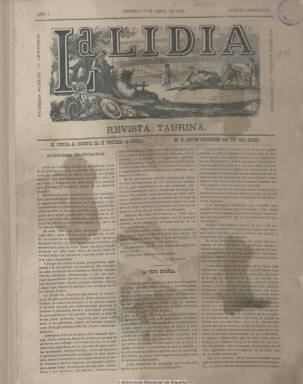
Título: La Lidia (Madrid. 1882)
Colección: Toros
Ámbito geográfico: Madrid
Lugar de publicación: Madrid
Fechas: 02/04/1882-26/11/1900

Está considerada no sólo como la más importante revista de las dos últimas décadas del siglo XIX, sino de la historia del periodismo taurino español, por la modernidad de su presentación, por la calidad de sus redactores y colaboradores y por la finura de sus bellas estampas cromolitográficas en color que introdujo en la prensa española, como ya señalara Pedro Gómez Aparicio en 1971. Fundada por Julián Palacios Salinero (-1911), propietario de un establecimiento litográfico madrileño al que dotó de los más modernos adelantos técnicos, quien como su editor-propietario puso al frente de la dirección literaria de la publicación a uno de los más excelentes críticos del momento, el jurisconsulto de origen malagueño Juan Martos y Jiménez (-1891), que usó el seudónimo Alegrías. Publica su prospecto el domingo, dos de abril de 1882, como “revista taurina ilustrada con cromos”, que aparecería el día siguiente de cada corrida habida en Madrid.

Cada una de sus entregas está formada por dos páginas de tipografía, compuestas a tres columnas e impresas al principio por José María Ducazcal, y otras dos interiores de ilustraciones estampadas en la litografía de Palacios, quien a partir del cinco de abril de 1885 se hará cargo de la completa impresión de la revista. En sus textos reseña las corridas no sólo efectuadas en Madrid sino también en las principales ferias de otras plazas, y además de estas crónicas, publica cartas críticas, editoriales y artículos, datos y anécdotas del toreo antiguo y moderno, estadísticas, noticias breves, epigramas y alguna publicidad, al final, sobre todo de bibliografía taurina. Fuera de las temporadas taurinas dejaba de editarse, generalmente, desde finales de noviembre a mediados de abril, y durante 1896 redujo su tamaño y pasó a ser una revista semanal ilustrada de arte y literatura. También editará algunos números extraordinarios y un calendario anual.

En su estudio sobre esta cabecera, Luis Nieto Manjón la coloca a la cabeza de la edad de oro del periodismo taurino español. En ella convergen un abultado número de los mejores revisteros, escritores e historiadores taurinos de la época, “verdaderos eruditos y maestros”, en palabras de José María de Cossío. Entre el casi centenar de sus firmas, destacan por su gran relevancia una docena, especialmente los considerados tres grandes precursores de la crítica taurina posterior, que además se sucedieron en la dirección de la revista, el ya citado Martos, el también musicólogo Antonio Peña y Goñi (1846-1896), que uso el apodo Don Jerónimo, y el erudito José Sánchez de Neira (-1898).

A estos se suman el también erudito y bibliófilo taurino Luis Carmena y Millán (1845-1904), que utilizó el seudónimo Venablo; el periodista y literato Mariano de Cavia (1855-1920), con el alias Sobaquillo; Mariano del Todo y Herrero (1855-1928) –Don Cándido-, que se encargó de las reseñas de las corridas madrileñas y de la mayor parte de las biografías; Aurelio Ramírez Bernal (1849-1911) -PPT-; Leopoldo Vázquez y Rodríguez (1844-1909), que publicó estadísticas; el escritor Manuel Ossorio y Bernard (1839-1904); el compositor Francisco Asenjo Barbieri (1823-1894); Juan Pérez de Guzmán (1841-1928); Antonio Fernández Heredia (-1921) –Hache-; Pedro Mínguez (1852-) –El Tío Capa-; Ricardo de la Vega (1841-); Mariano Pardo de Figueroa –El Doctor Thebussemm-, o Pascual Millán, que firma bajo el seudónimo Varetazos. La revista también contó con corresponsales en provincias y tuvo representantes en Lisboa, México, Veracruz y Buenos Aires.

Su director artístico será uno de los más célebres dibujantes y cartelistas taurinos de todos los tiempos, Daniel Perea y Rojas (1834-1909), autor también del mayor número de sus ilustraciones, junto a su hermano Alfredo (-1895), Alejandro Ferrant y Fischermans, Ángel Lizcano (1846-1929) José Cháves (1839-1903), Manuel Giménez. Vicente Bañuls, Ricardo Esteban o Eulogio Varela. Las magníficas litografías al cromo de estos renombrados artistas –en ausencia todavía de la fotografía taurina- “constituyen una de las más bellas colecciones” de las suertes del toreo, además de retratos de diestros y ganaderos o escenas y costumbres taurinas que marcaron época.

Como reflejo de los bandos irreconciliables de la afición entre los seguidores de los matadores de toros Salvador Sánchez Povedano (1842-1898) -Frascuelo- y Rafael Molina Sánchez (1841-1900) –Lagartijo-, a los dos años de su aparición, en el seno de la redacción de La Lidia se produjo una división que dio origen a la aparición de La Nueva Lidia (1884-1886). El lagartijista Martos pasa a dirigir esta, mientras que el frascuelista Peña tomará la dirección de la primera. También eran seguidores de Lagartijo los citados Carmena y Cavia, mientras que Neira lo era de Frascuelo.

En una época en la que en España se llegaron a editar hasta un centenar de periódicos taurinos, la mayor parte de corta vida y siempre durante las temporadas de feria, La Lidia llegó a tirar hasta 20.000 ejemplares. Pero al final de su vida entró en decadencia. Peña fallece en 1896, en abril de 1897 le sale un serio competidor –Sol y sombra-, un año después fallecen Sánchez de Neira y Frascuelo, y con el cambio de siglo muere también Lagartijo. El 26 de noviembre de 1900, La Lidia publica su último número, después de diecinueve años de publicación ininterrumpida. Con este título reaparecerá en Madrid, en 1914, una nueva revista taurina.